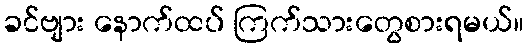
ခင်ဗျား နောက်ထပ် ကြက်သားတွေစားရမယ်။